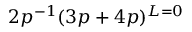
2 p ^ { - 1 } ( 3 p + 4 p ) ^ { L = 0 }